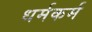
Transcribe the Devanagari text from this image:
धर्मकर्म